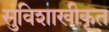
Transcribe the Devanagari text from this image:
सुविशाखीकृत